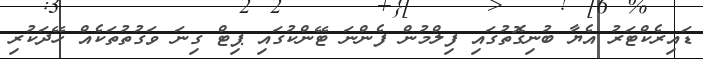
ޑައިރެކްޓަރު އެޔާ ބުނިގޮތުގައި ފިލްމުން ފެންނަ ޓޭންކުގައި ޕިޓް ގިނަ ވަގުތުތަކެއް ހޭދަކުރި